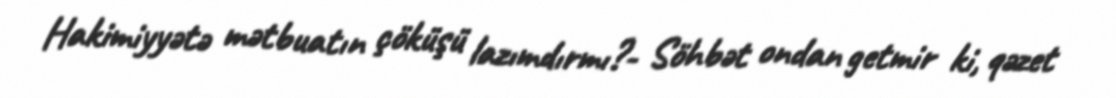
Hakimiyyətə mətbuatın çöküşü lazımdırmı?- Söhbət ondan getmir ki, qəzet